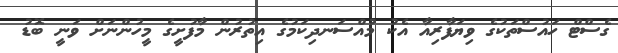
ގެސްޓް ހައުސްތަކުގެ ވިޔަފާރިއާ އެކު މުއްސަނދިކަމުގެ އިތުރުން މާފުށީގެ މީހުންނަށް ވަނީ ބޮޑު